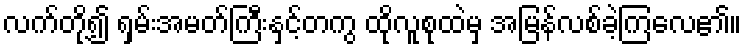
လက်တို့၍ ရှမ်းအမတ်ကြီးနှင့်တကွ ထိုလူစုထဲမှ အမြန်လစ်ခဲ့ကြလေ၏။